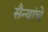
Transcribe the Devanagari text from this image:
सैन्यांचे